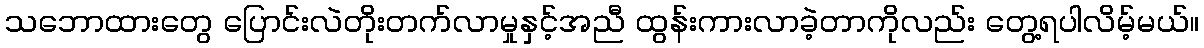
သဘောထားတွေ ပြောင်းလဲတိုးတက်လာမှုနှင့်အညီ ထွန်းကားလာခဲ့တာကိုလည်း တွေ့ရပါလိမ့်မယ်။